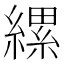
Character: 縲